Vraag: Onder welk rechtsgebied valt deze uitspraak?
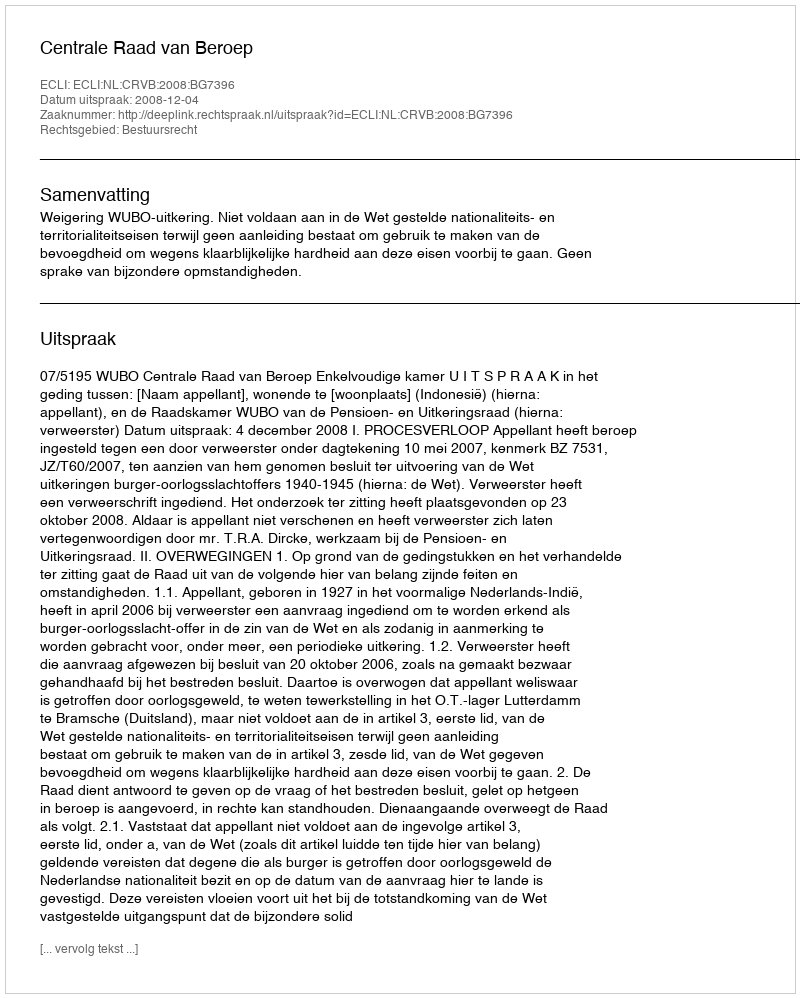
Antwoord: Bestuursrecht